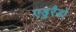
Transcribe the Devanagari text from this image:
एडुरैडो